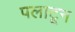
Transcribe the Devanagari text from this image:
पलाटून